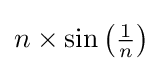
{\textstyle n\times \sin \left({\tfrac {1}{n}}\right)}